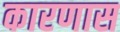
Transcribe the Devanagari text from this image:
कारणास